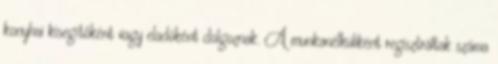
konyhai kisegítőként vagy eladóként dolgoznak. A munkanélküliként regisztráltak száma